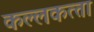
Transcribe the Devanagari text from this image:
कल्‍लकत्‍ता